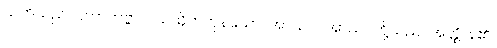
သတိသည်။ ပဟာတဗ္ဗာ၊ ပယ်ထိုက်ကုန်သော။ အာသဝါ၊ အာသဝတို့သည်။ အတ္ထိ၊ န်၏။